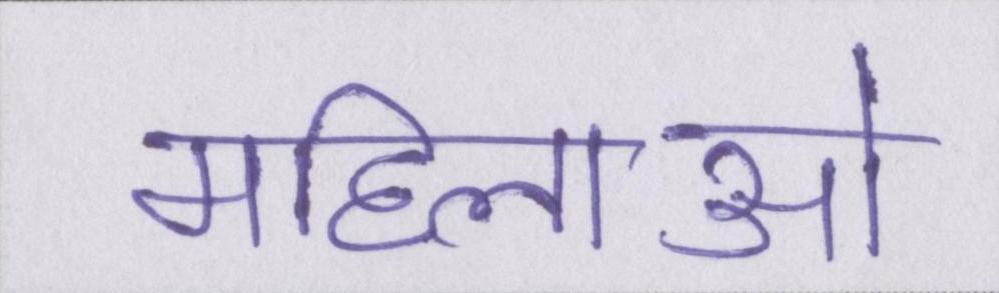
महिलाओ